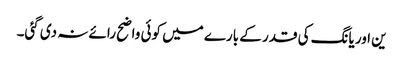
ین اور یانگ کی قدر کے بارے میں کوئی واضح رائے نہ دی گئی۔